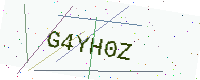
Text: G4YH0Z